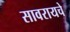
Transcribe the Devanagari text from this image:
सावरायचे